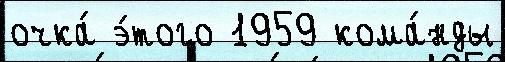
очка́ э́того 1959 кома́нды